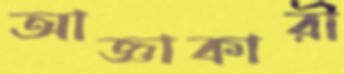
আজ্ঞাকারী